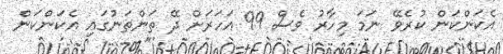
އެކަންކަން ކުރެވޭ ނަމަ މިހާރު ވެސް 99 އަހަރަށް ދޭ ތަންތަނުގައި އެކަންކަން